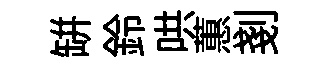
缾鈴哄蕙剗